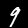
Digit: 9